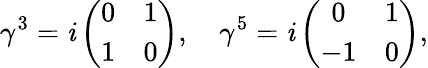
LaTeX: \gamma^{3}=\mathit{i}\left(\begin{array}{cc}{{0}}&{{1}}\\ {{1}}&{{0}}\end{array}\right),\quad\gamma^{5}=\mathit{i}\left(\begin{array}{cc}{{0}}&{{1}}\\ {{-1}}&{{0}}\end{array}\right),